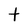
Character: t